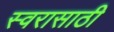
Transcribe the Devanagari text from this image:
स्वरासाठी